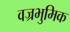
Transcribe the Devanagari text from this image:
वज्रभुमिक